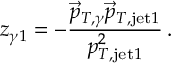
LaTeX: z _ { \gamma 1 } = - \frac { \vec { p } _ { T , \gamma } \vec { p } _ { T , \mathrm { j e t } 1 } } { p _ { T , \mathrm { j e t } 1 } ^ { 2 } } \, .